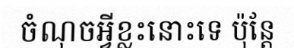
ចំណុចអ្វីខ្លះនោះទេ ប៉ុន្តែ